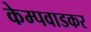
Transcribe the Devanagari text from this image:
केम्पवाडकर